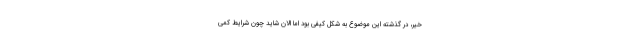
خیر، در گذشته این موضوع به شکل کیفی بود اما الان شاید چون شرایط کمی